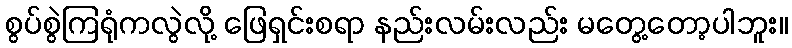
စွပ်စွဲကြရုံကလွဲလို့ ဖြေရှင်းစရာ နည်းလမ်းလည်း မတွေ့တော့ပါဘူး။